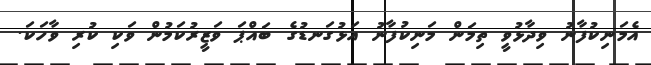
އެމަނިކުފާނު ވިދާޅުވީ ތިމަން މަނިކުފާނު އަޅުގަނޑުގެ ބައްޕަ ވަޒީރުކަމުން ވަކި ކުރި ވާހަކަ.